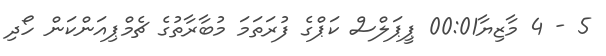
5 - 4 މާޒިޔާ00:01 ޕީޕަލްސް ކަޕްގެ ފުރަތަމަ މުބާރާތުގެ ޗެމްޕިއަންކަން ހޯދި